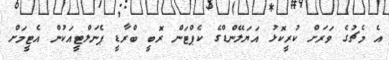
އެ މެޗުގެ ވަރަށް ކުރީކޮޅު އަޔަލޭންޑްގެ ކެޕްޓަން ރޮބީ ބްރާޑީ ޕެނަލްޓީއަކުން އެޓީމަށް